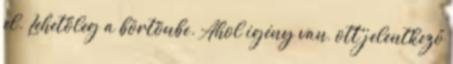
el. Lehetőleg a börtönbe. Ahol igény van, ott jelentkező